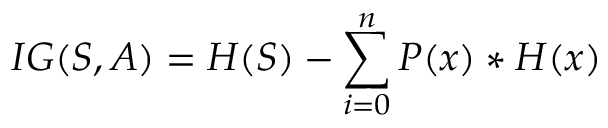
I G ( S , A ) = H ( S ) - \sum _ { i = 0 } ^ { n } P ( x ) * H ( x )